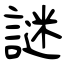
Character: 謎